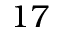
1 7